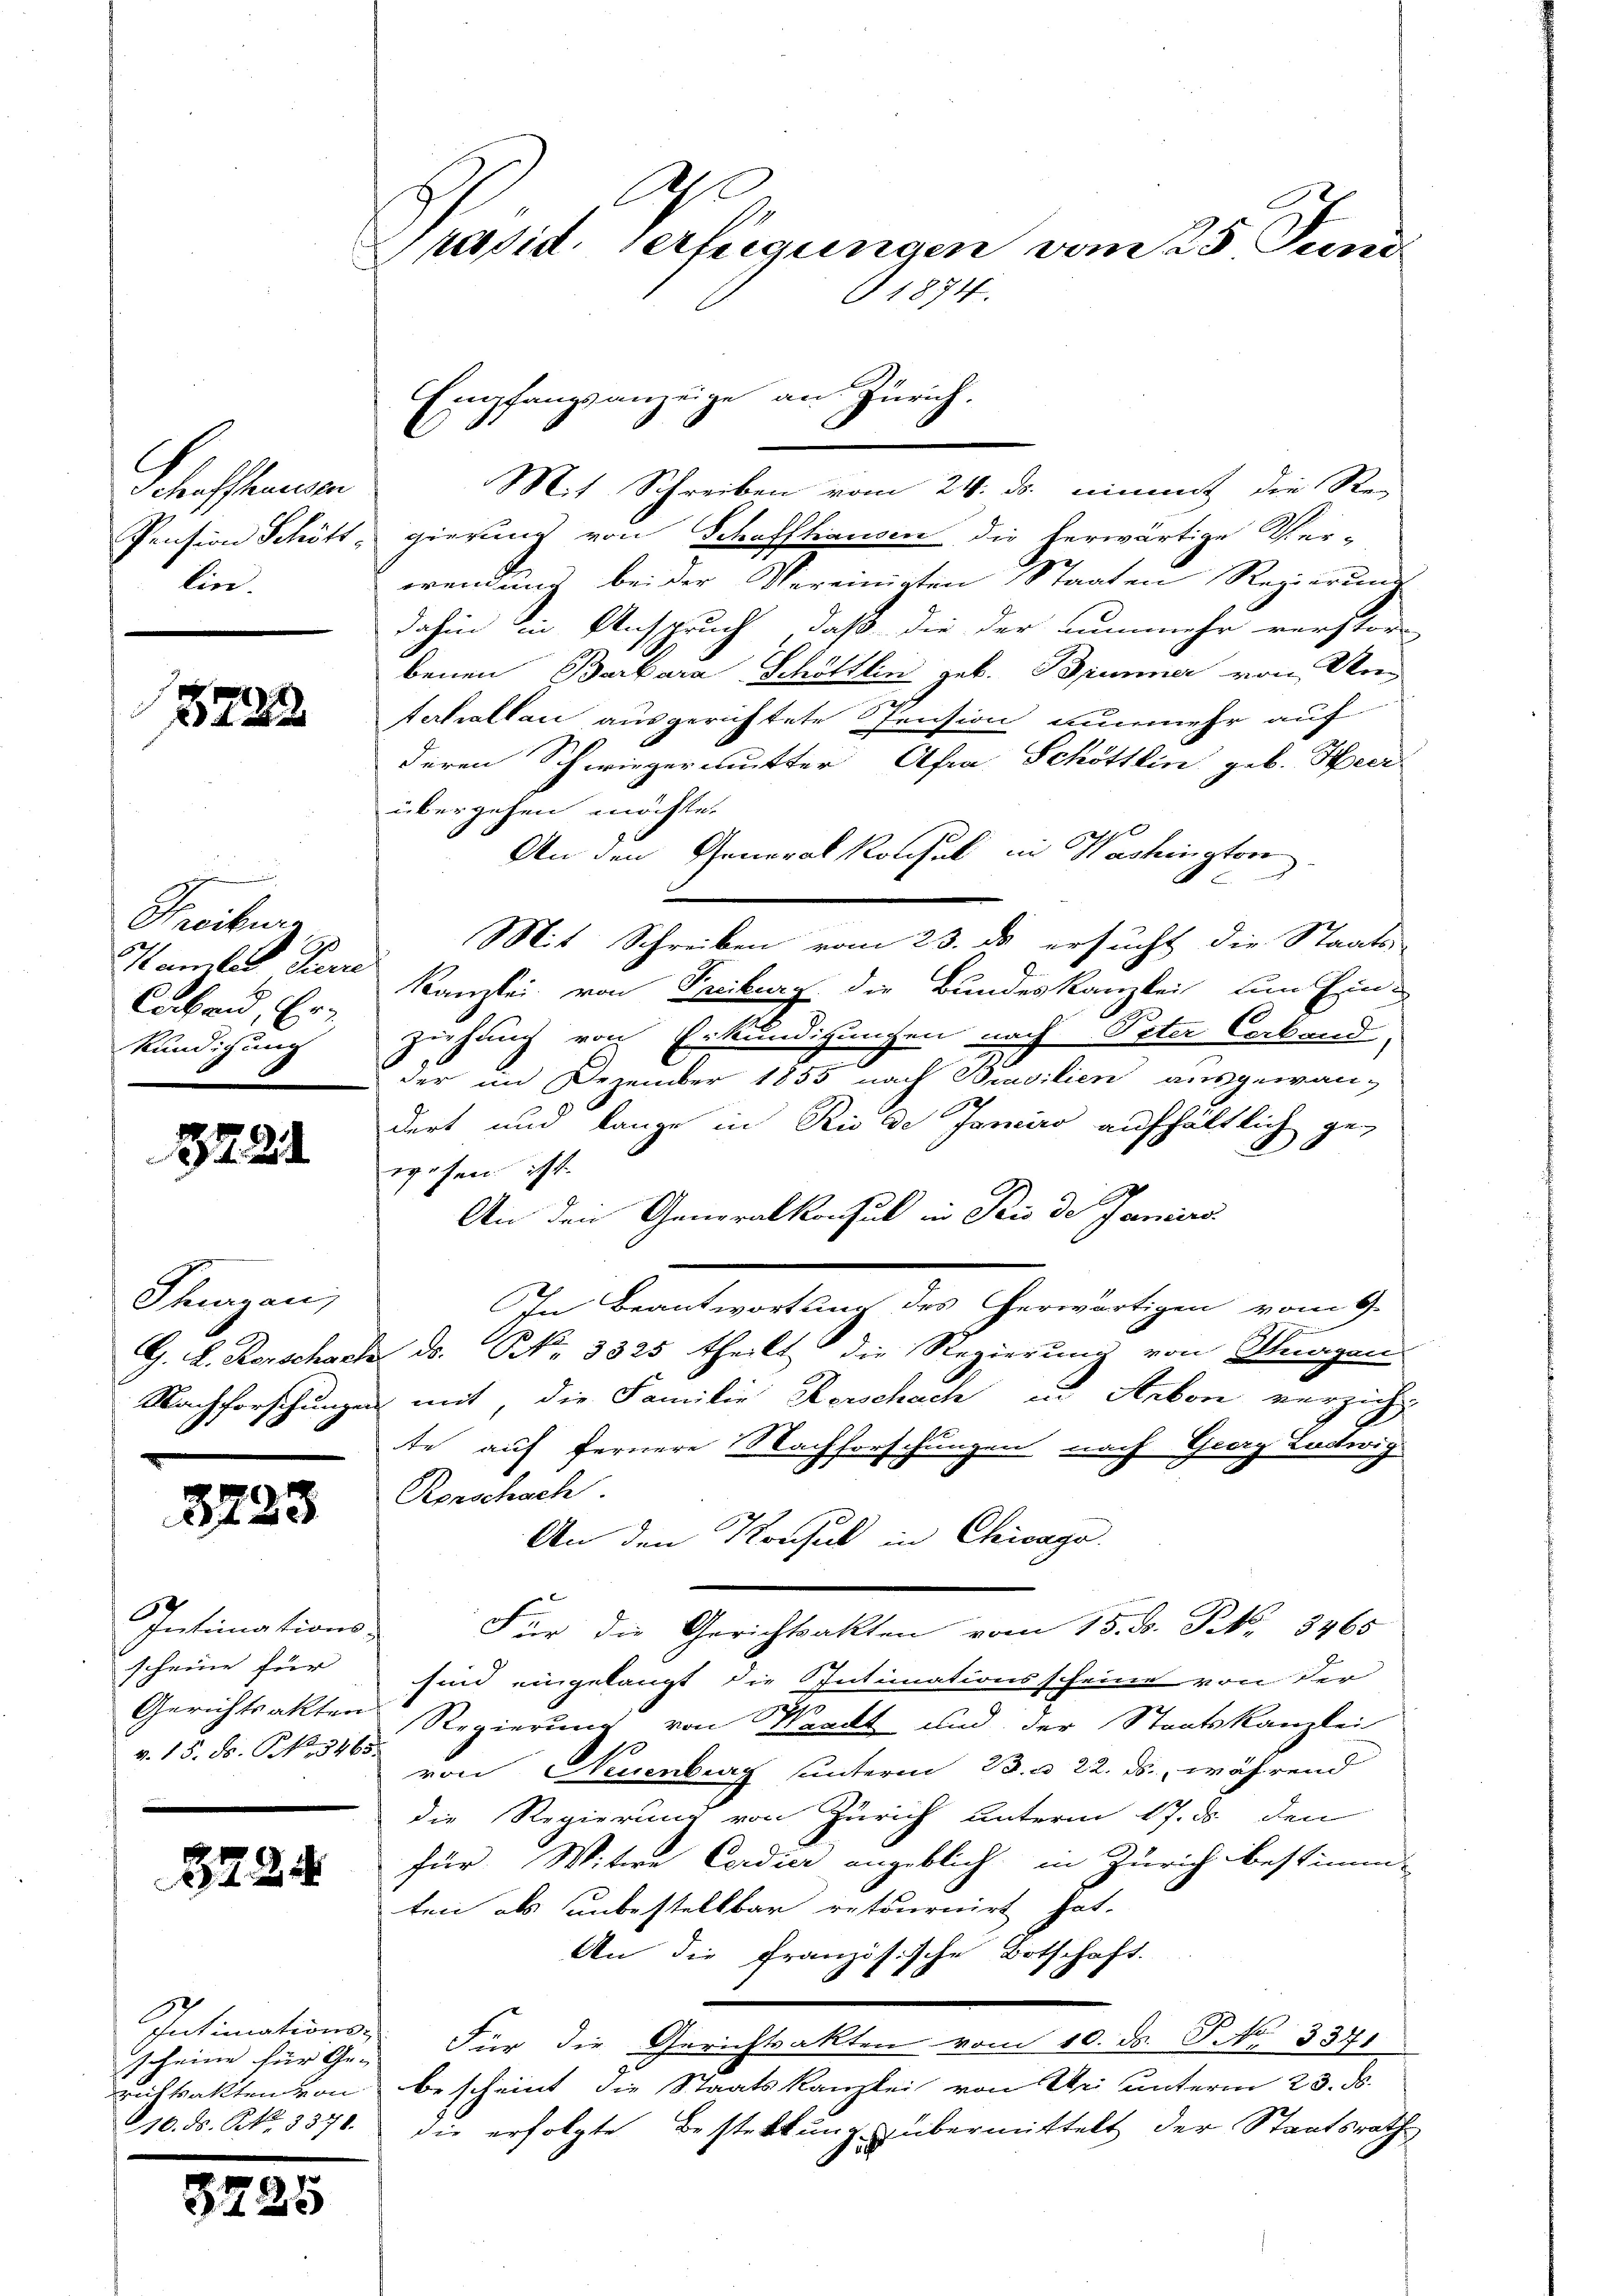
C
Schaffhausen
lin.

1872

Freiburg
Hamlet Tiere
Caband, Erkündigung

221

Thurgau,

8733

Intimations-
scheine für
v. 15. F. P. 3465.

8724

Empfangsanzeige an Zürich.
Mit Schreiben vom 24. ds. einmit die Re-
Pension Schött, gierung von Schaffhausen die herwärtige Ver-
wendung bei der Vereinigten Staaten Regierung
dahin in Anspruch, daß die der nunmehr verstor
benen Barbara Schöttlin geb. Brenner von Un-
terhallau ausgerichtete Pension nunmehr auf
deren Schwiegermutter Afra Schöttlin geb. Heer
übergehen möchte.
An den Generalkonsul in Washingtore
n
Mit Schreiben vom 23. ds ersucht die Staats-
Kanzlei von Freiburg die Bundeskanzlei um Einzuhung von Erkundigungen nach Peter Corband.
der im Dezember 1855 nach Brasilien ausgewan-
1
dert und lange in Rio de Janeiro aufhältlich ge-
wesen ist.
An den Generalkonsul in Rio de Janiers
In Beantwortuum des herwärtigen vom 9.
G. L. Rorschach d. S. 3325 theilt die Regierung von Kurgan
Nachforschungen mit, die Familie Kerschach in Arbon verzicht
te auf fernere Nachforschungen nach Georg Ludwig
Rorschach
An den Konsul in Chicago.
Für die Gerichtsakten vom 15. J. P. 8465
sind eingelangt die Intimationsscheine von der
Gerichtsakten Regierung von Waadt und der Staatskanzlei
von Neuenburg unterm 23. d. 22. ds., während
die Regierung von Zürich unterm 17. ds. den
für Witwe Cardier angeblich in Zürich bestimm-
ten als unbestellbar retournirt hat.
An die französische Botschaft.
Für die Gerichtsakten vom 10. ds. P. No. 3371
mitsakten von bescheint die Staatskanzlei von Uri unterm 23. d.
10. ds. No. 3371. die erfolgte Besterkung übermittelt der Staatsrath

Intimations-
scheine für Ge- |

8725

d
Präsid. Verfügungen vom 25 Juni
1874.